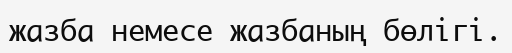
жазба немесе жазбаның бөлігі.